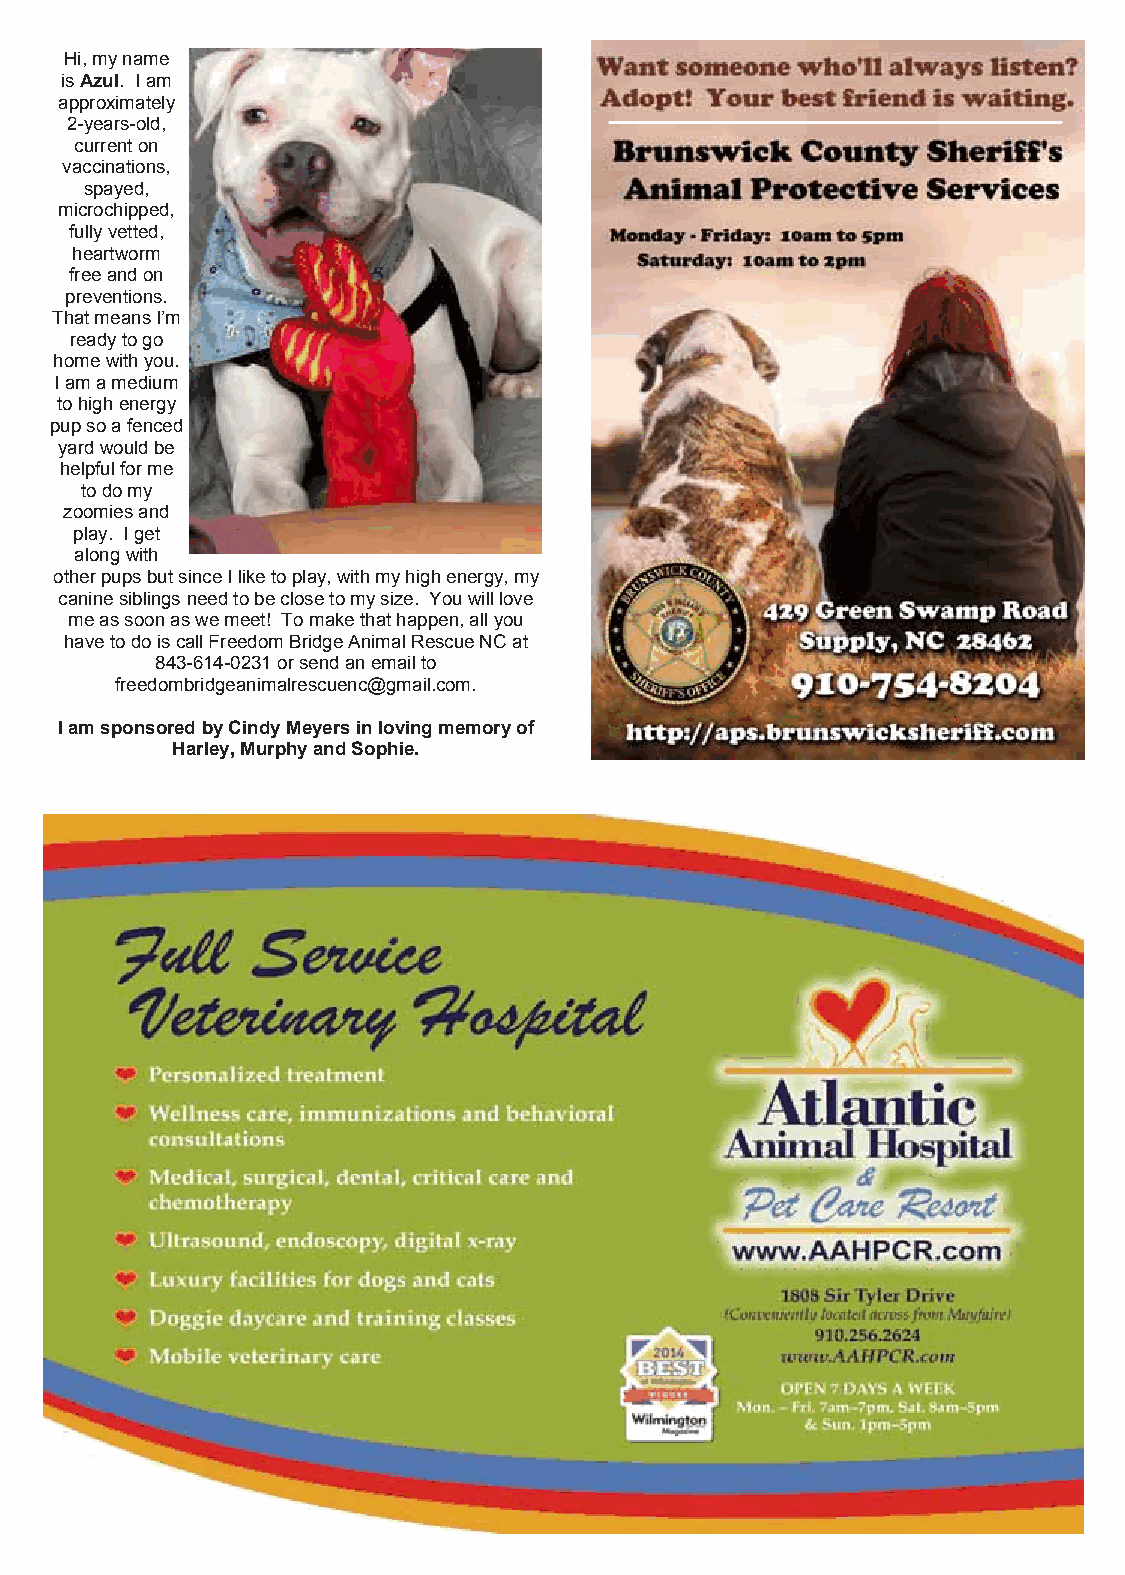
Hi, my name
 is Azul. I am
 approximately
 2-years-old,
 current on
 vaccinations,
 spayed,
 microchipped,
 fully vetted,
 heartworm
 free and on
 preventions.
 That means I’m
 ready to go
 home with you.
 I am a medium
 to high energy
 pup so a fenced
 yard would be
 helpful for me
 to do my
 zoomies and
 play. I get
 along with
 other pups but since I like to play, with my high energy, my
 canine siblings need to be close to my size. You will love
 me as soon as we meet! To make that happen, all you
 have to do is call Freedom Bridge Animal Rescue NC at
 843-614-0231 or send an email to
 freedombridgeanimalrescuenc@gmail.com.
 I am sponsored by Cindy Meyers in loving memory of
 Harley, Murphy and Sophie.